Mobilization store table India
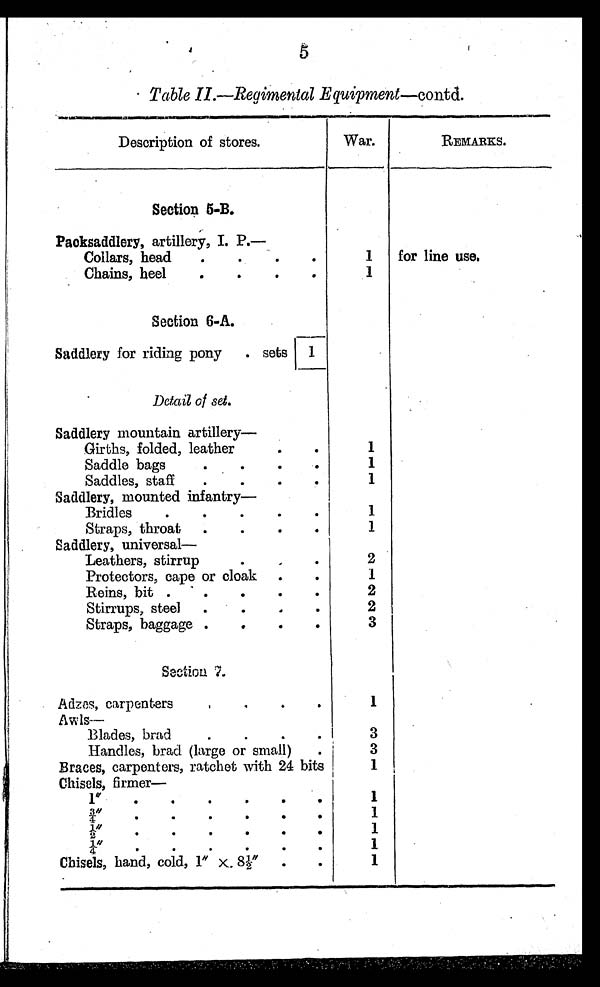
Table II.—Regimental Equipment—contd.
Description of stores.
War.
REMARKS.
Section 5-B.
Packsaddlery, artillery, I. P.
—
Collars, head ..
.
.
1 for line use.
Chains, heel.
.
.
1
Section 6-A.
Saddlery for riding pony . sets 1
Detail ofset.
Saddlery mountain artillery
—
Girths, folded, leather...
1
.
.
.
Saddle bags.
1
.
Saddles, staff. .
1
Saddlery, mounted infantry
.
.
Bridles. .
.
.
1
Straps, throat.
.
•
.
1
Saddlery, universal
—
Leathers, stirrup.
,
.
2
Protectors, cape or cloak ..
1
Reins, bit . ' .
.
2
Stirrups, steel .
.
.
2
Straps, baggage .
.
.
.
3
Section 7.
Adzes, carpenters.
.
,
1
Awls--
.
Blades, brad.
-
.
.
3
Handles, brad (large or small) 3. 3
Braces, carpenters, ratchet with 24 bits
1
Chisels, firmer—
1"
.
.
•
.
.
1
3/4" . . .
.
.
.
1 / 2 "
1
1
1/"4
1
Chisels, hand, cold, 1" X. 81/2" . .
1